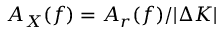
A _ { X } ( f ) = A _ { r } ( f ) / | \Delta K |